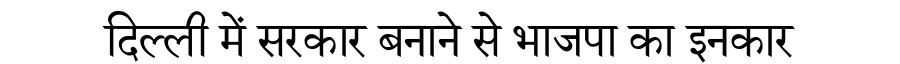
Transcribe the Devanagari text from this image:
दिल्ली में सरकार बनाने से भाजपा का इनकार